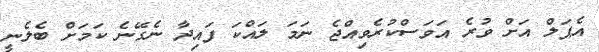
އެޕަލް އަށް ވުރެ އަވަސްކުރެވިއްޖެ ނަމަ ލައްކަ ފައިދާ ނެގޭނެ ކަމަށް ބެލެނީ